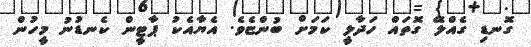
ގޮނޑި ގެއްލޭ ގޮތައް ހަދާލީ ކަމަށް ބުންޏެވެ. އެޔާއެކު ޕާޓީން ކެނޑުނު މީހުން